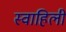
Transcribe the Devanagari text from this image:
स्‍वाहिली